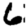
Digit: 6